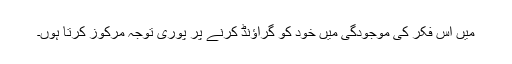
میں اس فکر کی موجودگی میں خود کو گراؤنڈ کرنے پر پوری توجہ مرکوز کرتا ہوں۔